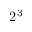
2 ^ { 3 }